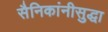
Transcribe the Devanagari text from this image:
सैनिकांनीसुद्धा